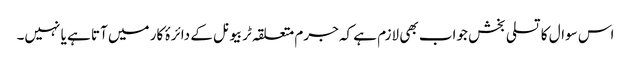
اس سوال کا تسلی بخش جواب بھی لازم ہے کہ جرم متعلقہ ٹربیونل کے دائرۂ کار میں آتا ہے یا نہیں۔